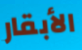
الأبقار